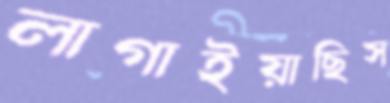
লাগাইয়াছিস